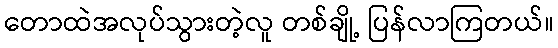
တောထဲအလုပ်သွားတဲ့လူ တစ်ချို့ ပြန်လာကြတယ်။